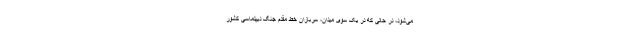
می‌شود، در حالی که در یک سوی میدان، سربازان خط مقدم جنگ دیپلماسی کشور